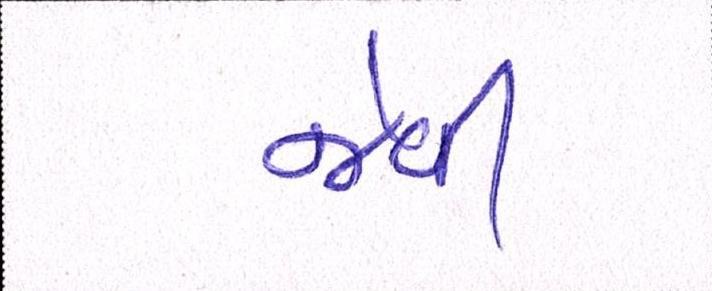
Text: જેવી